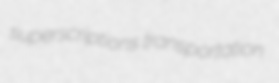
superscriptions transportation